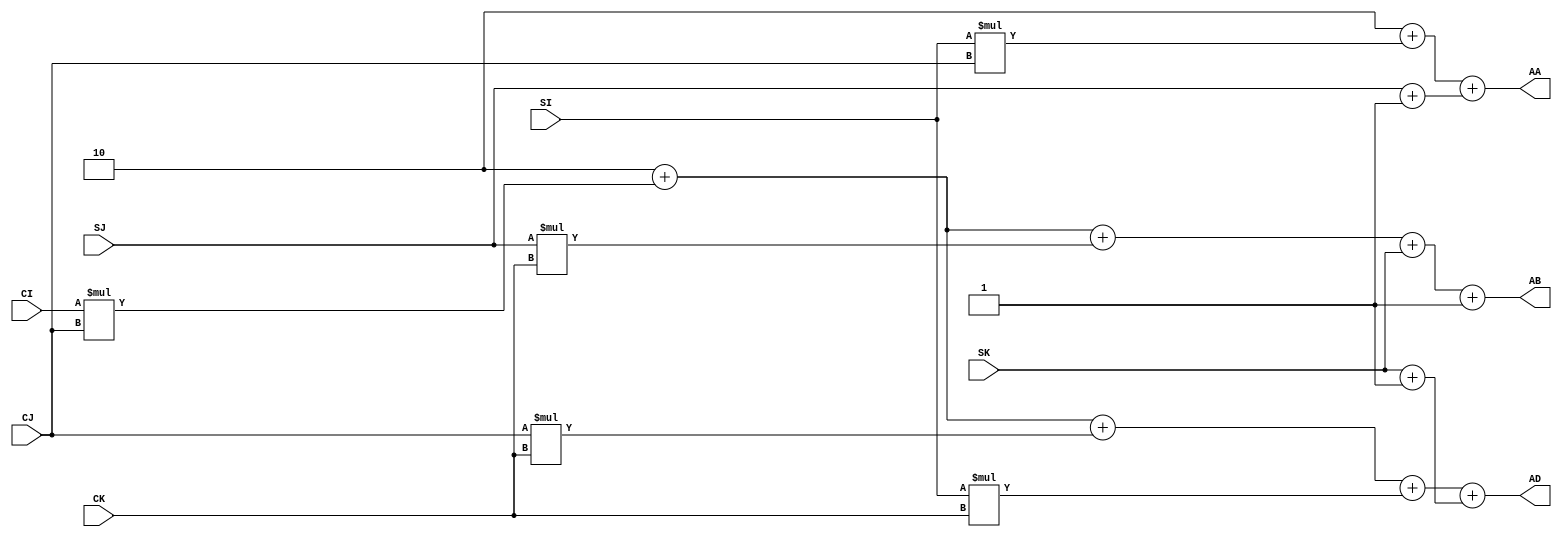
module address_module(
  input [7:0] CI,CJ,CK,SI,SJ,SK,
  output [7:0] AA,AB,AD);

assign AA = (2+(SI*CJ)+(SJ+1)); //0,1,2 are allocated for CI,CJ,CK
assign AB= (2+(CI*CJ)+(SJ*CK)+SK+1);
assign AD= (2+ (CI*CJ)+(CJ*CK)+(SI*CK)+(SK+1));
endmodule